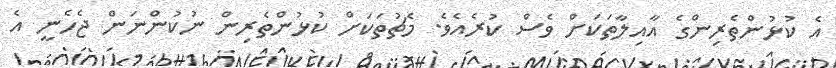
އެ ކުޅުންތެރިންގެ އާއިލާތަކަށް ވެސް ކުރެއެވެ. މެޗުތަކަށް ކުޅުންތެރިން ނުކުންނަން ޖެހެނީ އެ